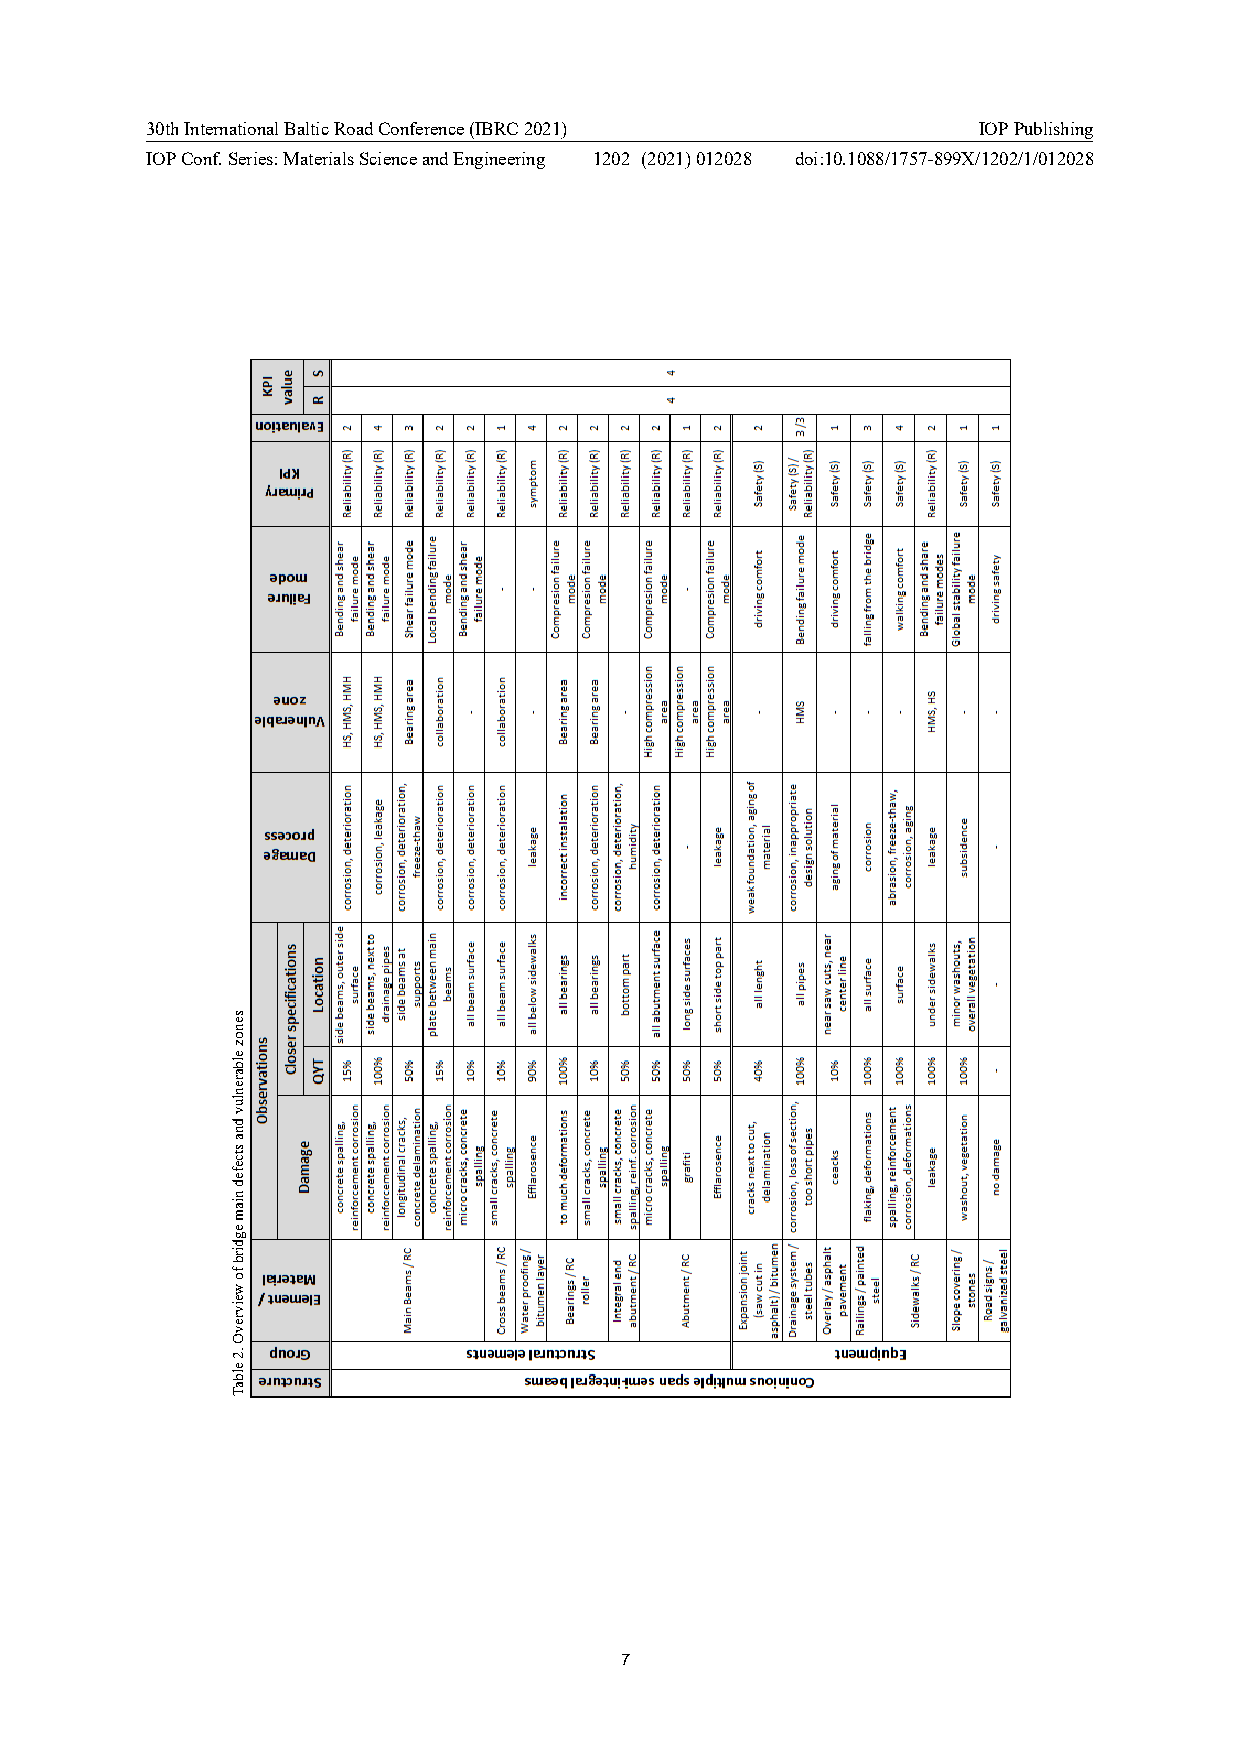
30th International Baltic Road Conference (IBRC 2021)  IOP Publishing
 IOP Conf. Series: Materials Science and Engineering 1202 (2021) 012028 doi:10.1088/1757-899X/1202/1/012028
 7
 senozelbarenluv
 dna
 stcefed
 niam
 egdirb
 fo
 weivrevO
 .2
 elbaT